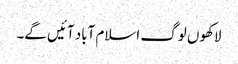
لاکھوں لوگ اسلام آباد آئیں گے۔